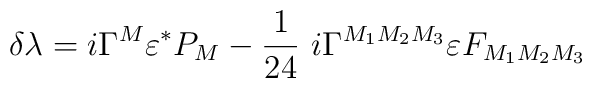
\delta\lambda = i \Gamma^M \varepsilon^{\ast} P_M - {1\over 24}~i\Gamma^{M_1M_2M_3} \varepsilon F_{M_1M_2M_3}